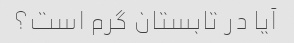
آیا در تابستان گرم است؟